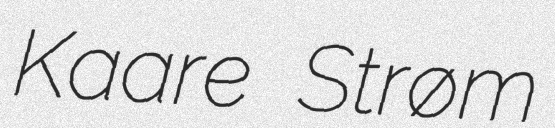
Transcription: Kaare Strøm